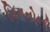
વિગતોની